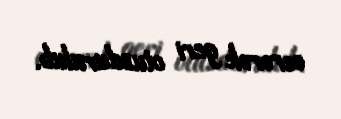
verərək geri otuzdurulub.